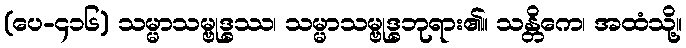
(ပေ-၄၁၆) သမ္မာသမ္ဗုဒ္ဓဿ၊ သမ္မာသမ္ဗုဒ္ဓဘုရား၏။ သန္တိကေ၊ အထံသို့။